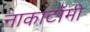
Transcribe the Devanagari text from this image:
नाकाटॉमी